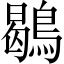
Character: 鶡